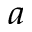
^ a